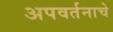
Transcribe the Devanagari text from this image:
अपवर्तनाचे